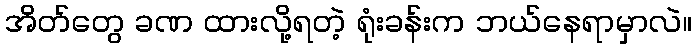
အိတ်တွေ ခဏ ထားလို့ရတဲ့ ရုံးခန်းက ဘယ်နေရာမှာလဲ။